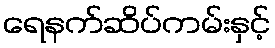
ရေနက်ဆိပ်ကမ်းနှင့်